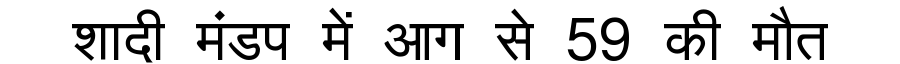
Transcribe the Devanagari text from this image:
शादी मंडप में आग से 59 की मौत